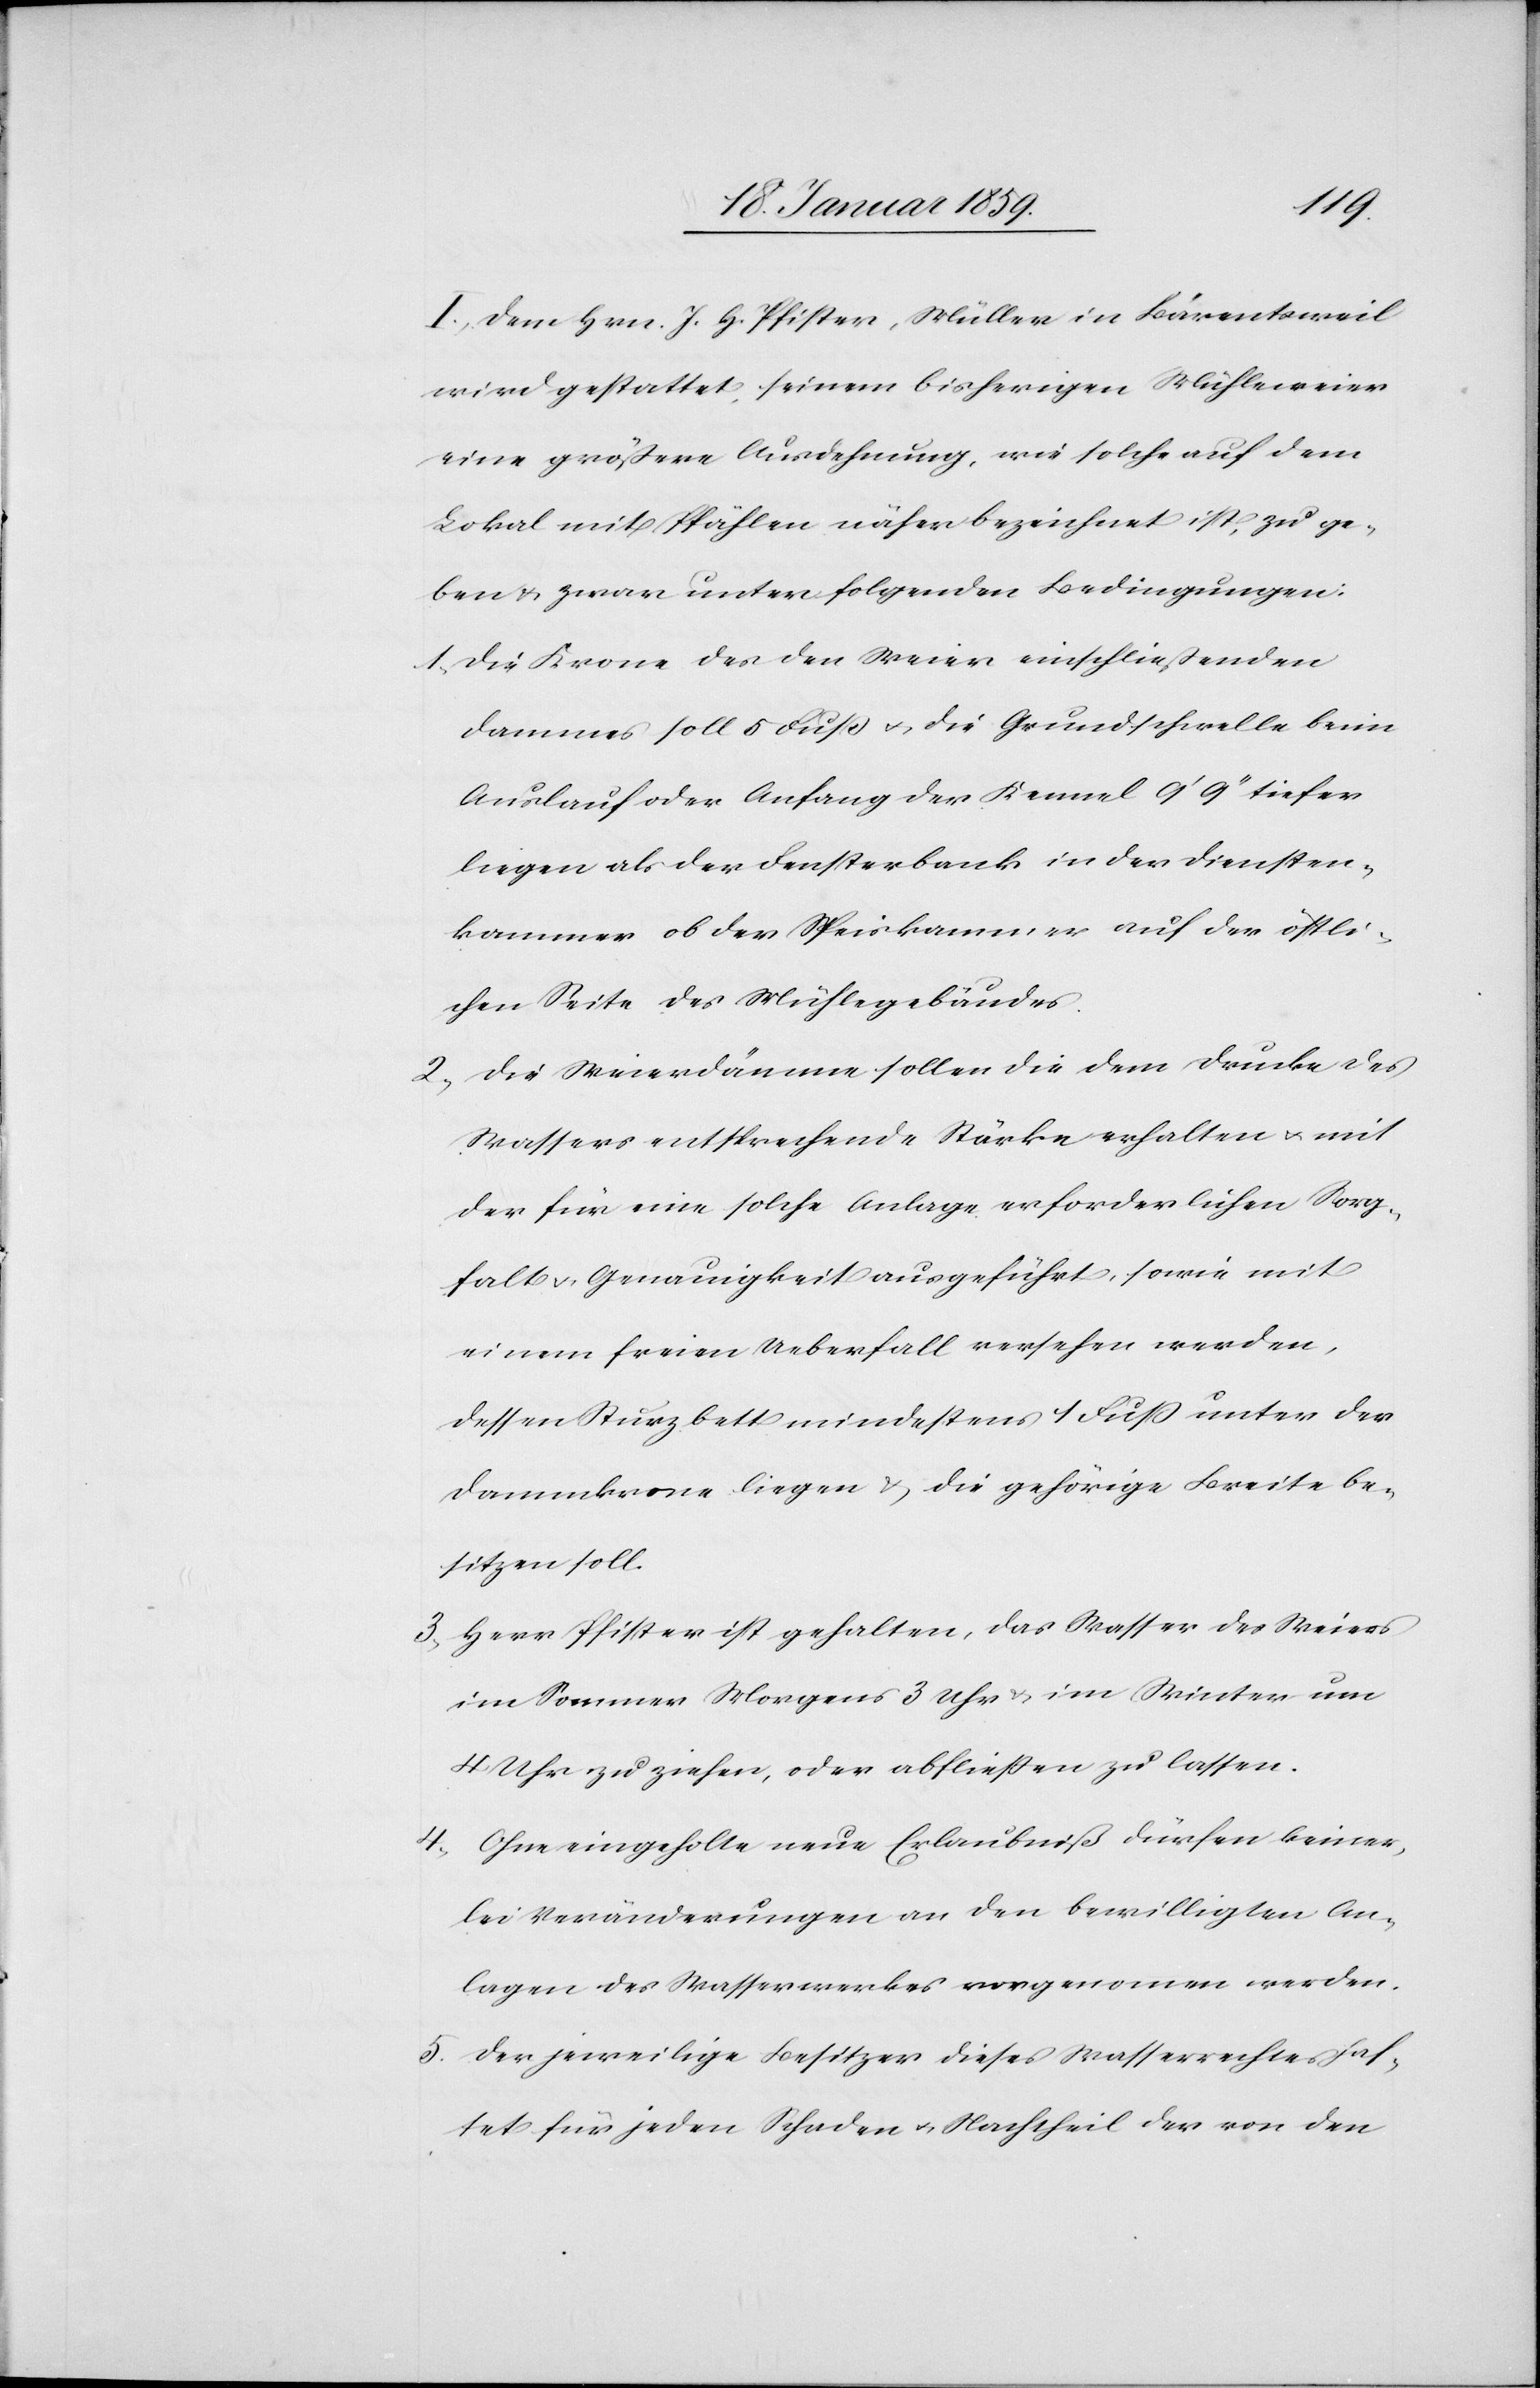
I. Dem Hrn. J. H. Pfister, Müller in Bärentsweil
wird gestattet, seinem bisherigen Mühleweier
eine größere Ausdehnung, wie solche auf dem
Lokal mit Pfählen näher bezeichnet ist, zu ge¬
ben & zwar unter folgenden Bedingungen:
1. Die Krone des den Weier einschließenden
Dammes soll 5 Fuß u. die Grundschwelle beim
Auslauf oder Anfang des Kennel 9' 9'' tiefer
liegen als der Fensterbank in der Diensten¬
kammer ob der Speiskammer auf der östli¬
chen Seite des Mühlegebäudes.
2. Die Weierdämme sollen die dem Drucke des
Wassers entsprechende Stärke erhalten u. mit
der für eine solche Anlage erforderlichen Sorg¬
falt u. Genauigkeit ausgeführt, sowie mit
einem freien Ueberfall versehen werden,
dessen Sturzbett mindestens 1 Fuß unter der
Dammkrone liegen & die gehörige Breite be¬
sitzen soll.
3. Herr Pfister ist gehalten, das Wasser des Weiers
im Sommer Morgens 3 Uhr & im Winter um
4 Uhr zu ziehen, oder abfließen zu lassen.
4. Ohne eingeholte neue Erlaubniß dürfen keiner¬
lei Veränderungen an den bewilligten An¬
lagen des Wasserwerkes vorgenommen werden.
5. Der jeweilige Besitzer dieses Wasserrechtes haf¬
tet für jeden Schaden u. Nachtheil der von den